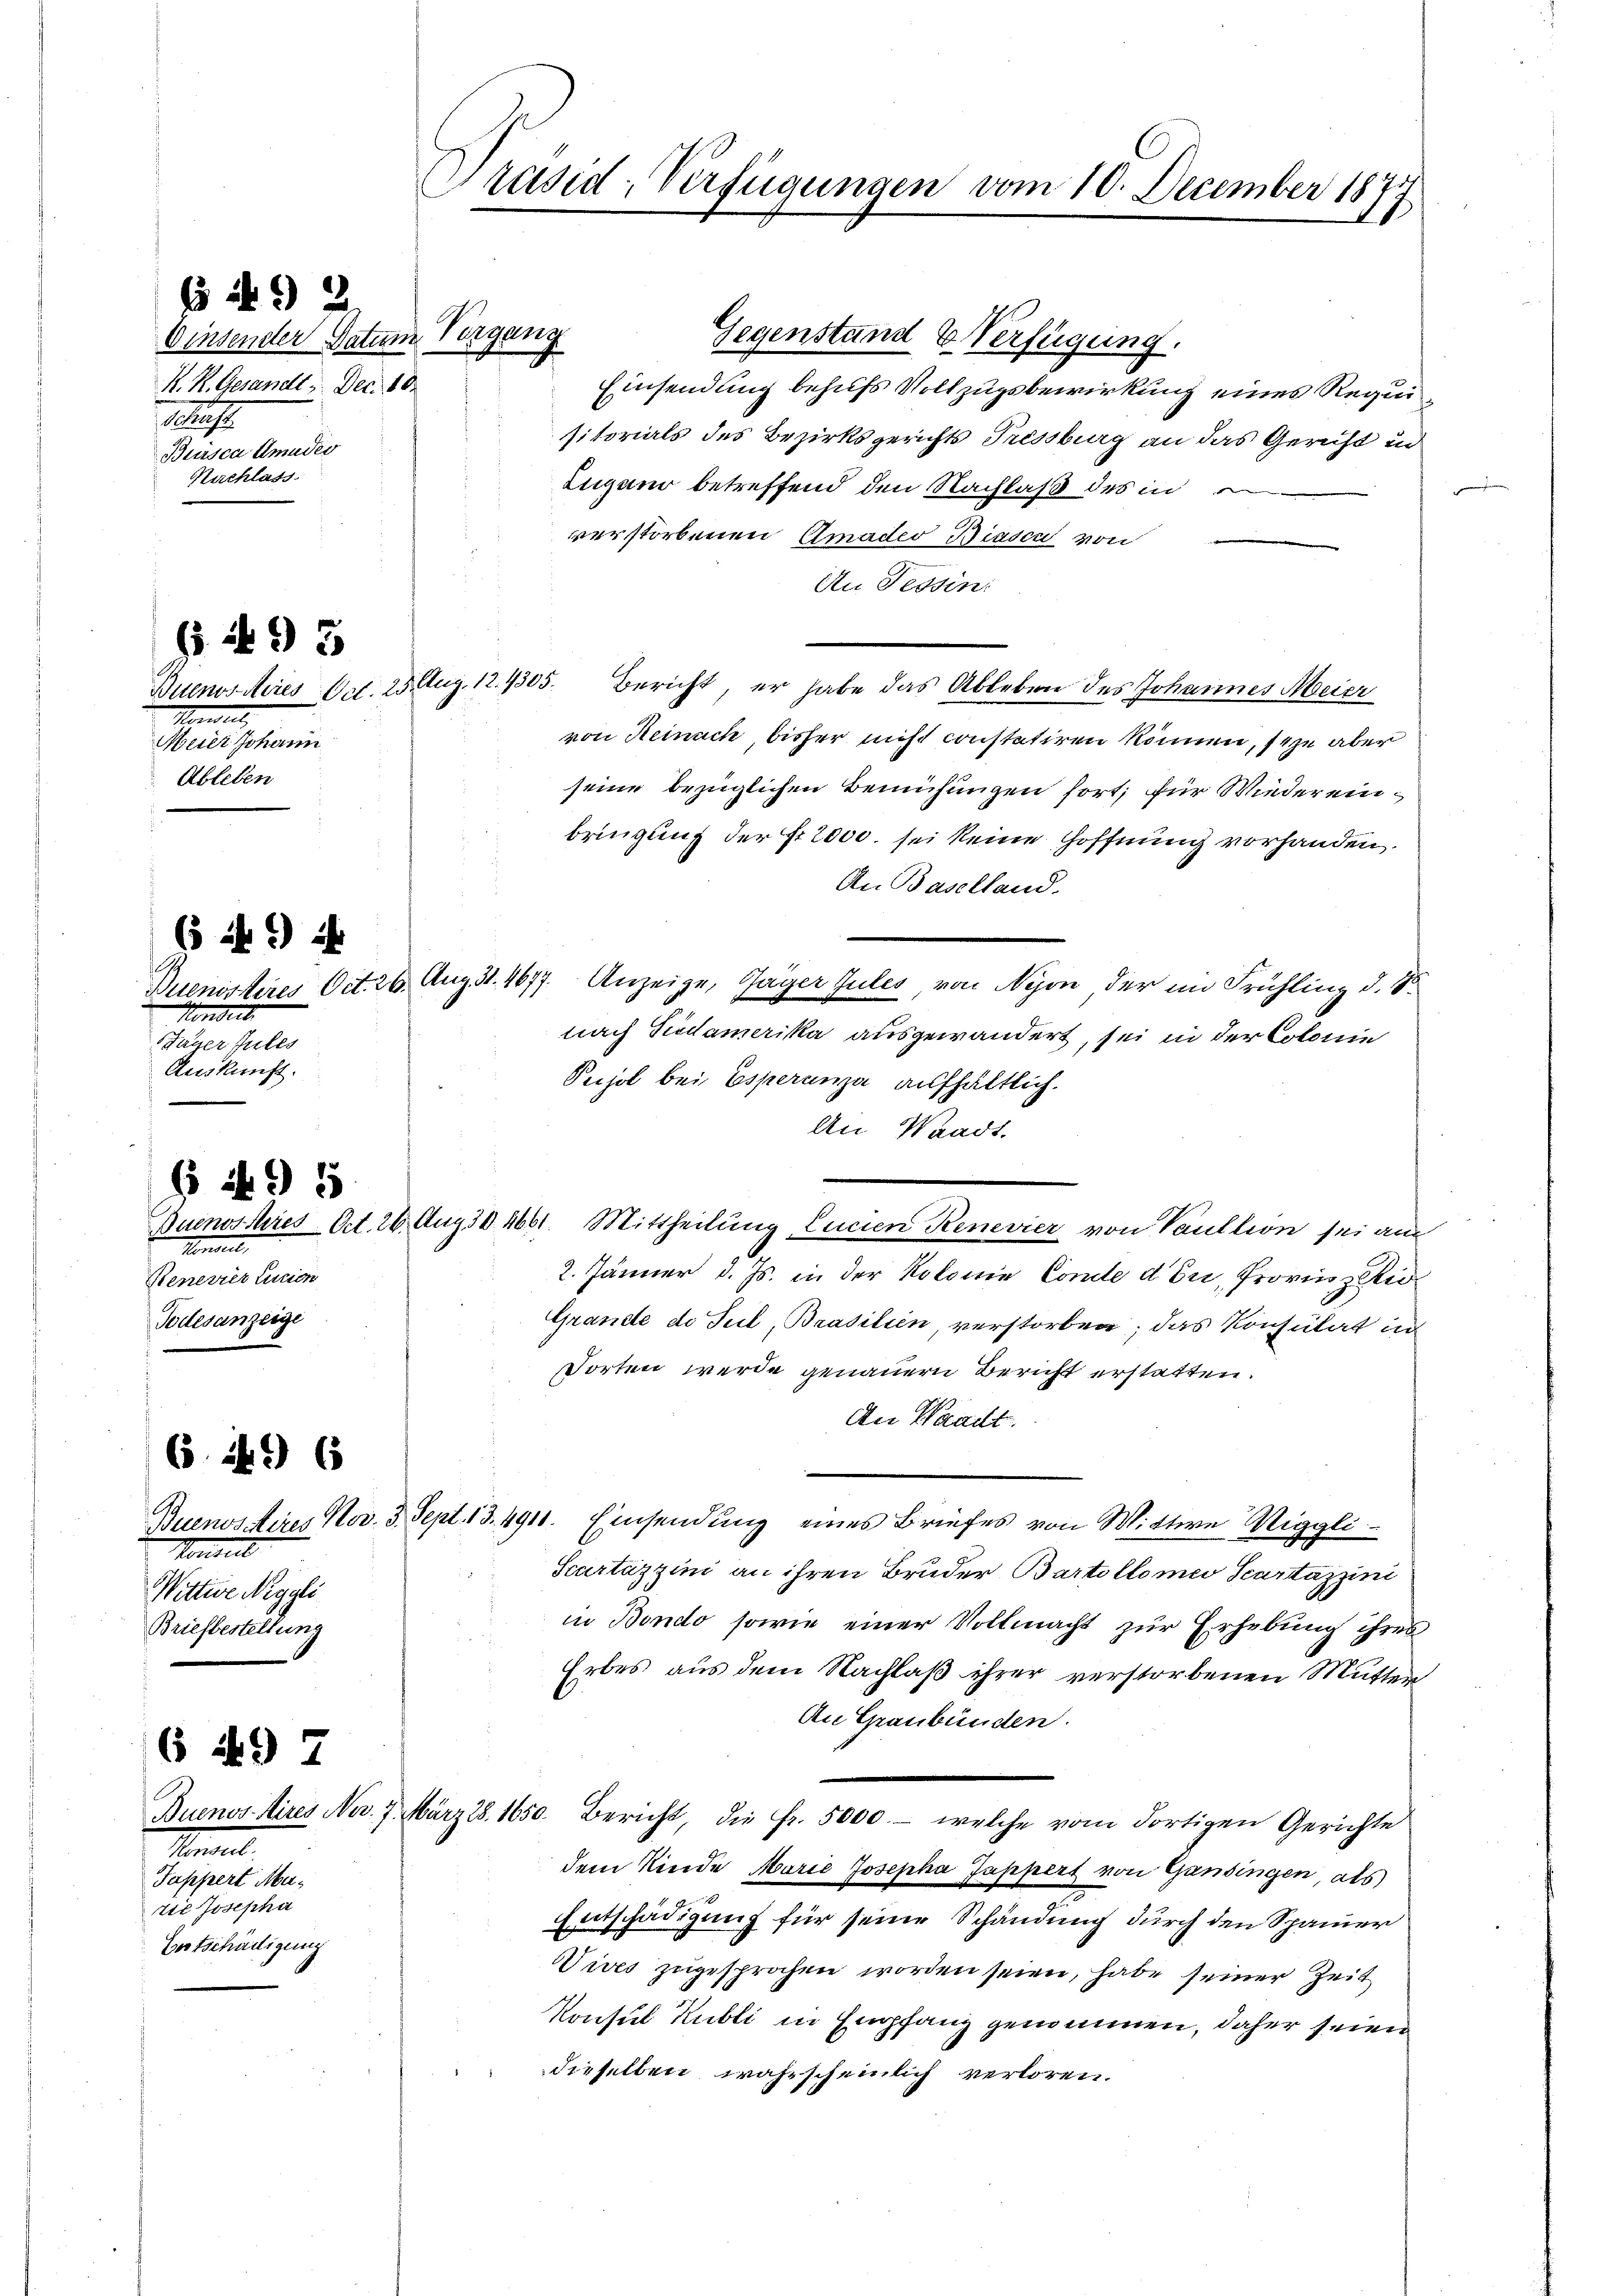
6 40 2
Oinsender Datum Vorgang
K. R. Gesandt u. Dec. 10.
.
Bursca Amades
Nachlass

(193

Mandel
Meier Johann
Ableben

(i 1) i
o
Jager Gutes
Auskunft.

Konsul,
Kenerer lution
Todesanzeige

f Nr. 95

6. i96

6 1 97

Mantel.
Tappert Muzie Josepha
Bertschädigung

Präsid-Verfügungen vom 10. December 1877

Konsul
Wittwe Negali
Briefbestellung

Gegenstand & Verfügung.
Einsendung behufs Vollzugsbewirkung eines Requisitorials des Bezirksgerichts Pressburg an das Gericht in
Lugano betreffend den Nachlaß des in
verstorbenen Amades Biasen von
An Tessin:
Buenos Aires Art. 25. Aug. 12. 1305. Bericht, er habe das Ableben des Johannes Meier
von Reinach, bisher nicht constatiren können, sehe aber
seine bezüglichen Bemühungen fort, für Wieder einbringung der Fr. 2000. sei keine Hoffnung vorhanden.
An Baselland.
Buenosseres Oct. 26. Aug 31. 4677. Anzeige, Gager Jules, von Nyon der im Frühling d. S.
nach Piodamerika ausgewandert, sei in der Colonie
Pujol bei Esperanza aufhältlich.
An Waadt.
Buenosseres-Art. 26. Aug. d. 1661. Mittheilung, Lucien Renevier von Vaullion sei am
2. Jänner d. Js. in der Kolonie Conde der, Provinz Red
Grande de Teil, Brasilien, verstorben; das Konsulat in
Torten werde genauern Bericht erstatten.
An Waadt
Buenos Aires Nov. 3. Sept. 13. 491. Einsendung eines Briefes von Wittwe Viggli
Scartazzini an ihren Bruder Bartolome Scartazzini
in Bondo sowie einer Vollmacht zur Erhebung ihres
Erbes aus dem Nachlaß ihrer verstorbenen Mutter
An Graubünden.
Buenos Aires Nov. 7. März 18. 1650. Bericht, die fr. 5000.- welche vom dortigen Gerichte
dem Kinde Marie Josepha Jappert von Gansingen, als
Entschädigung für seine Schändung durch den Spanier
Vives zugesprochen worden seien, habe seiner Zeit
Konsul Kubli in Empfang genommen, daher seien
dieselben wahrscheinlich verloren.